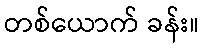
တစ်ယောက် ခန်း။